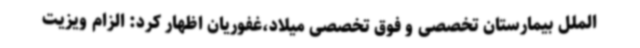
الملل بیمارستان تخصصی و فوق تخصصی میلاد،غفوریان اظهار کرد: الزام ویزیت